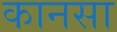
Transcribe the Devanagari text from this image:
कानसा